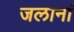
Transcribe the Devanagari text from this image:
जलानां